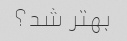
بهتر شد؟